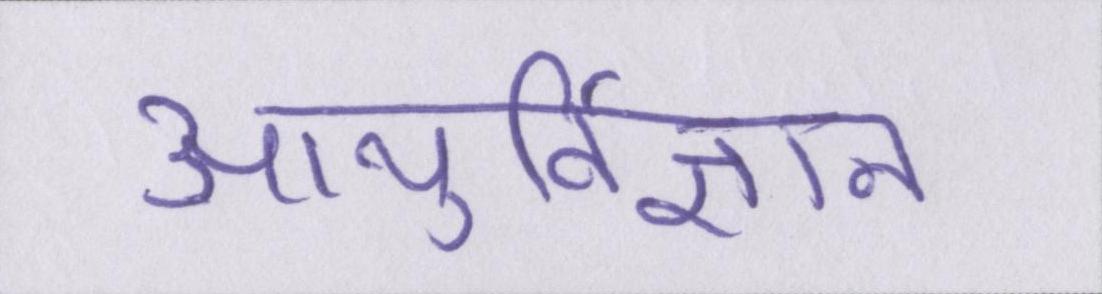
आयुर्विज्ञान